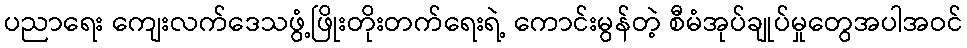
ပညာရေး ကျေးလက်ဒေသဖွံ့ဖြိုးတိုးတက်ရေးရဲ့ ကောင်းမွန်တဲ့ စီမံအုပ်ချုပ်မှုတွေအပါအဝင်